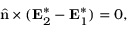
\hat { \mathbf { n } } \times ( \mathbf { E } _ { 2 } ^ { * } - \mathbf { E } _ { 1 } ^ { * } ) = 0 ,